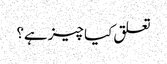
تعلق کیا چیز ہے؟